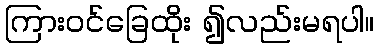
ကြားဝင်ခြေထိုး ၍လည်းမရပါ။